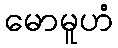
မောမူဟံ